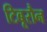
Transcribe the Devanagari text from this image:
टिबूरौन